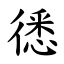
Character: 㣰